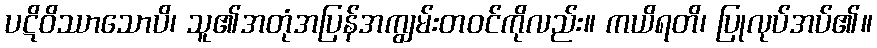
ပဋိဝိဿာသောပိ၊ သူ၏အတုံအပြန်အကျွမ်းတဝင်ကိုလည်း။ ကယိရတိ၊ ပြုလုပ်အပ်၏။